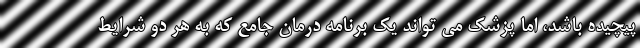
پیچیده باشد، اما پزشک می تواند یک برنامه درمان جامع که به هر دو شرایط